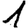
Digit: 1